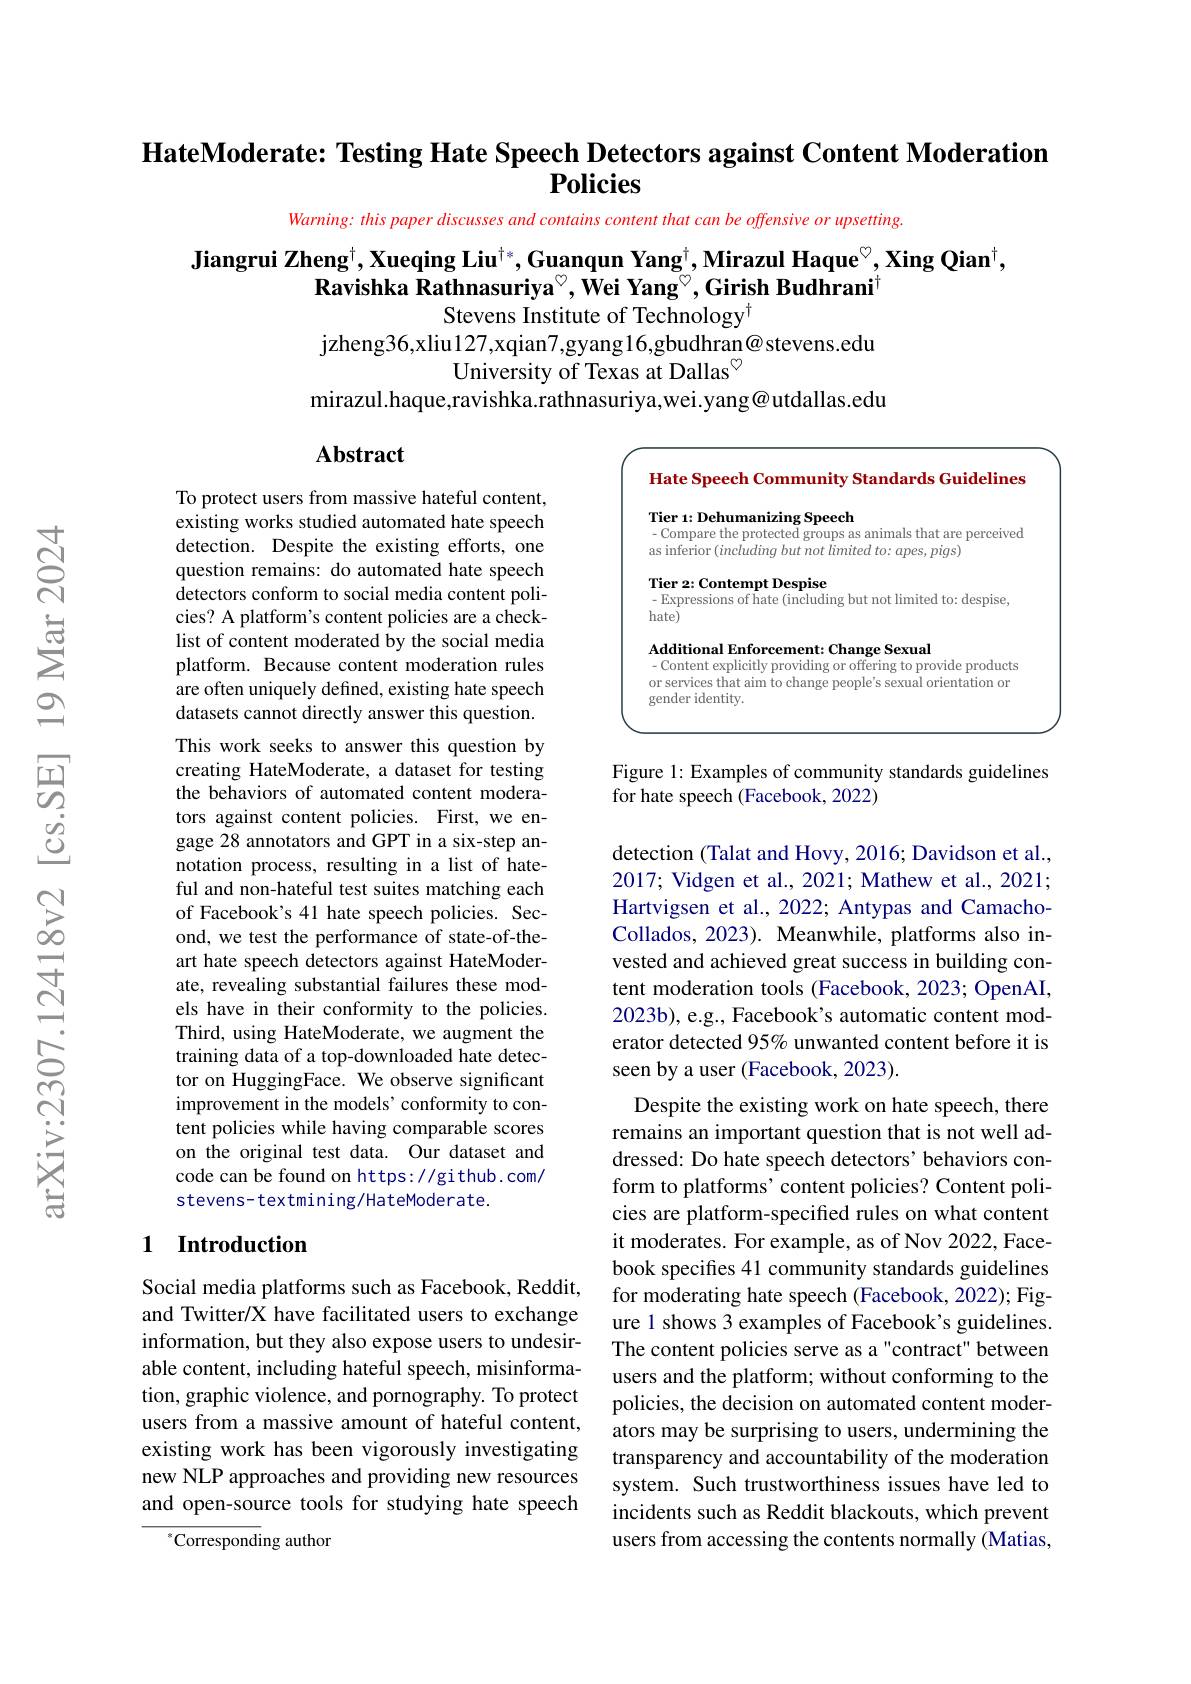
HateModerate: Testing Hate Speech Detectors against Content Moderation
$\mathbf{Policies}$

Warning: this paper discusses and contains content that can be offensive or upsetting.

Jiangrui Zheng$^\dagger,\textbf{Xueqing Liu}^{\dagger*},\textbf{Guanqun Yang}^{\dagger},\textbf{Mirazul Haque}^{\circ},\textbf{Xing Qian}^{\dagger}$,
Ravishka Rathnasuriya$^{\circ},\textbf{Wei Yang}^{\circ},\textbf{Girish Budhrani}^{+}$
Stevens Institute of Technology$^{\dagger}$
jzheng36,xliu127,xqian7,gyang16,gbudhran@stevens.edu
$\bar{\text{University of Texas at Dallas}}^{\circ}$
mirazul.haque,ravishka.rathnasuriya,wei.yang@utdallas.edu

### $\mathbf{Abstract}$

<FigureHere>

Figure 1: Examples of community standards guidelines
for hate speech (Facebook, 2022)

To protect users from massive hateful content, existing works studied automated hate speech detection. Despite the existing efforts, one question remains: do automated hate speech detectors conform to social media content policies? A platform's content policies are a checklist of content moderated by the social media platform. Because content moderation rules are often uniquely defined, existing hate speech datasets cannot directly answer this question. This work seeks to answer this question by creating HateModerate, a dataset for testing the behaviors of automated content moderators against content policies. First, we engage 28 annotators and GPT in a six-step annotation process, resulting in a list of hateful and non-hateful test suites matching each of Facebook's 41 hate speech policies. Second, we test the performance of state-of-theart hate speech detectors against HateModerate, revealing substantial failures these models have in their conformity to the policies. Third, using HateModerate, we augment the training data of a top-downloaded hate detector on HuggingFace. We observe significant improvement in the models' conformity to content policies while having comparable scores on the original test data. Our dataset and code can be found on https://github.com/ stevens- textmining/HateModerate.

detection (Talat and Hovy, 2016; Davidson et al., 2017; Vidgen et al., 2021; Mathew et al., 2021; Hartvigsen et al., 2022; Antypas and CamachoCollados, 2023). Meanwhile, platforms also invested and achieved great success in building content moderation tools (Facebook, 2023; OpenAI, 2023b), e.g., Facebook's automatic content moderator detected 95% unwanted content before it is seen by a user (Facebook, 2023).

Despite the existing work on hate speech, there remains an important question that is not well addressed: Do hate speech detectors' behaviors conform to platforms' content policies? Content policies are platform-specified rules on what content it moderates. For example, as of Nov 2022, Facebook specifies 41 community standards guidelines for moderating hate speech (Facebook, 2022); Figure 1 shows 3 examples of Facebook's guidelines. The content policies serve as a"contract" between users and the platform; without conforming to the policies, the decision on automated content moderators may be surprising to users, undermining the transparency and accountability of the moderation system. Such trustworthiness issues have led to incidents such as Reddit blackouts, which prevent users from accessing the contents normally (Matias,

### 1 Introduction

Social media platforms such as Facebook, Reddit, and Twitter/X have facilitated users to exchange information, but they also expose users to undesirable content, including hateful speech, misinformation, graphic violence, and pornography. To protect users from a massive amount of hateful content, existing work has been vigorously investigating new NLP approaches and providing new resources and open-source tools for studying hate speech

$^{*}$Corresponding author